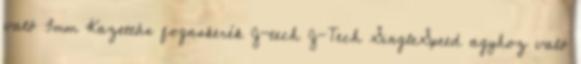
való 3mm Kazettás fogaskerék J-tech J-Tech SingleSpeed agyhoz való